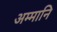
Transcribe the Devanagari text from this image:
अम्मानि